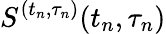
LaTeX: S^{(t_{n},\tau_{n})}(t_{n},\tau_{n})